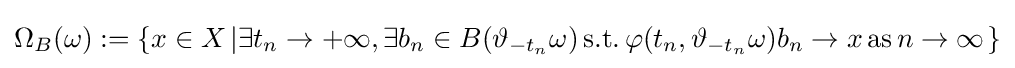
\Omega _{B}(\omega ):=\left\{x\in X\left|\exists t_{n}\to +\infty ,\exists b_{n}\in B(\vartheta _{-t_{n}}\omega )\mathrm {\,s.t.\,} \varphi (t_{n},\vartheta _{-t_{n}}\omega )b_{n}\to x\mathrm {\,as\,} n\to \infty \right.\right\}